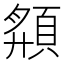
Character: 頯